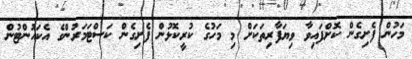
މަހުން ފެށިގެން ކޮށްފައިވާ ވިޔަފާރިތަކަށް މި މަހުގެ ކުރީކޮޅުން ފެށިގެން ކަސްޓަމަރުންގެ އެކައުންޓުން